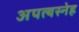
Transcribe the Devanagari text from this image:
अपत्यस्नेह